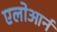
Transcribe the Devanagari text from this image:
एलोआर्न